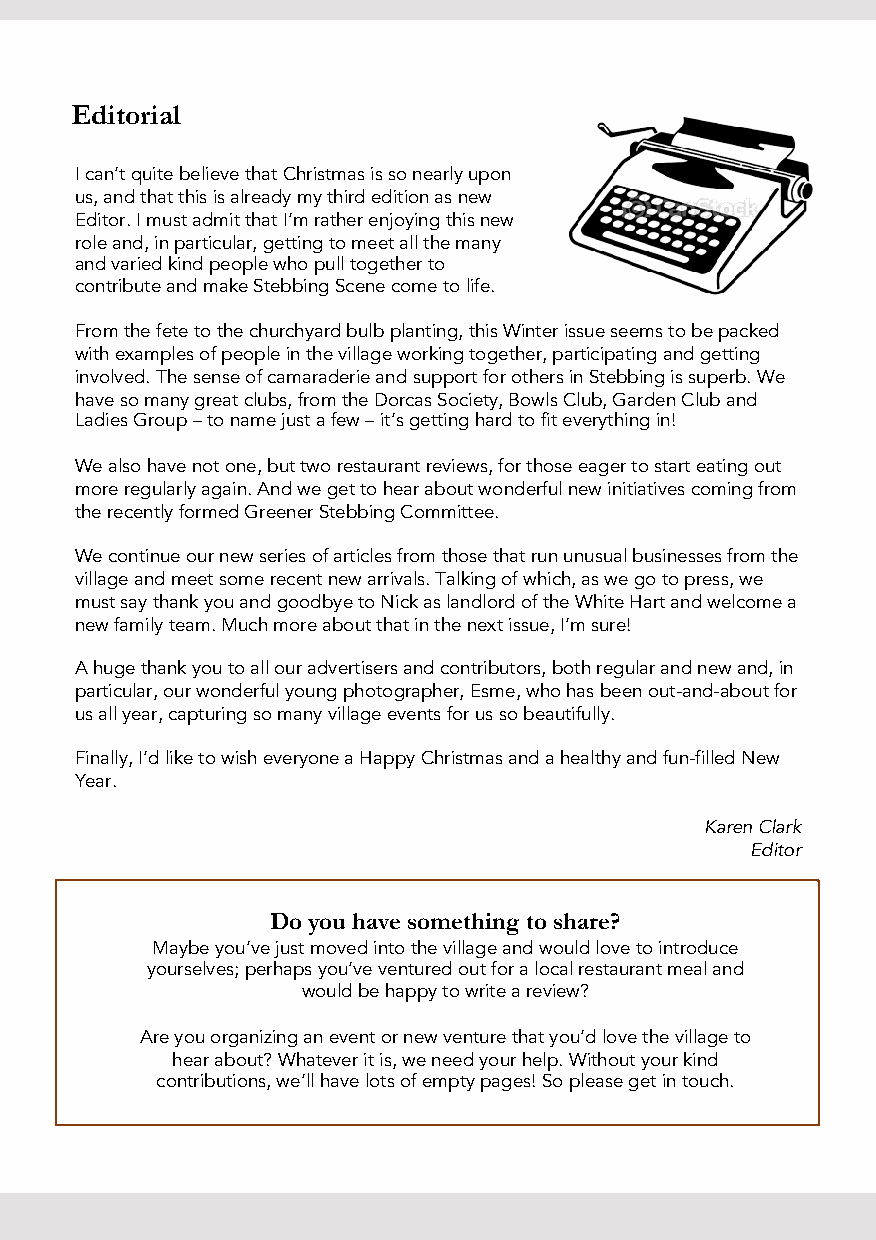
Editorial
 I can’t quite believe that Christmas is so nearly upon
 us, and that this is already my third edition as new
 Editor. I must admit that I’m rather enjoying this new
 role and, in particular, getting to meet all the many
 and varied kind people who pull together to
 contribute and make StebbingScene come to life.
 From the fete to the churchyard bulb planting, this Winter issue seems to be packed
 with examples of people in the village working together, participating and getting
 involved. The sense of camaraderie and support for others in Stebbingis superb. We
 have so many great clubs, from the Dorcas Society, Bowls Club, Garden Club and
 Ladies Group –to name just a few –it’s getting hard to fit everything in!
 We also have not one, but two restaurant reviews, for those eager to start eating out
 more regularly again. And we get to hear about wonderful new initiatives coming from
 the recently formed Greener StebbingCommittee.
 We continue our new series of articles from those that run unusual businesses from the
 village and meet some recent new arrivals. Talking of which, as we go to press, we
 must say thank you and goodbye to Nick as landlord of the White Hart and welcome a
 new family team. Much more about that in the next issue, I’m sure!
 A huge thank you to all our advertisers and contributors, both regular and new and, in
 particular, our wonderful young photographer, Esme, who has been out-and-about for
 us all year, capturing so many village events for us so beautifully.
 Finally, I’d like to wish everyone a Happy Christmas and a healthy and fun-filled New
 Year.
 Karen Clark
 Editor
 Do you have something to share?
 Maybe you’ve just moved into the village and would love to introduce
 yourselves; perhaps you’ve ventured out for a local restaurant meal and
 would be happy to write a review?
 Are you organizing an event or new venture that you’d love the village to
 hear about? Whatever it is, we need your help. Without your kind
 contributions, we’ll have lots of empty pages! So please get in touch.